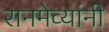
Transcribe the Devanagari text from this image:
रानमेव्यांनी